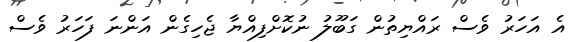
އެ އަހަރު ވެސް ރައްޔިތުން ގަބޫލު ނުކޮށްފިއްޔާ ޖެހިގެން އަންނަ ފަހަރު ވެސް